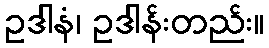
ဥဒါနံ၊ ဥဒါန်းတည်း။